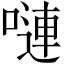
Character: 嗹